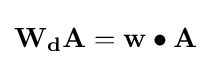
\mathbf {W_{d}} \mathbf {A} =\mathbf {w} \bullet \mathbf {A}